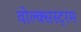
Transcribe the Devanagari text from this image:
वोल्क्सस्ट्रम